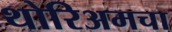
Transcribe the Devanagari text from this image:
थोरिअमचा